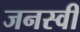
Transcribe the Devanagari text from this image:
जनस्वी